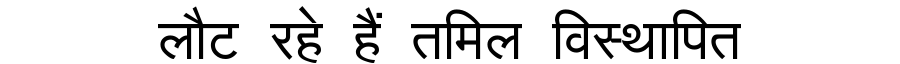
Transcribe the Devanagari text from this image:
लौट रहे हैं तमिल विस्थापित